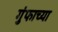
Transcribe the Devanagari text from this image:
गुंफाच्या